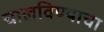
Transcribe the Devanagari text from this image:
चालविण्‍याचा